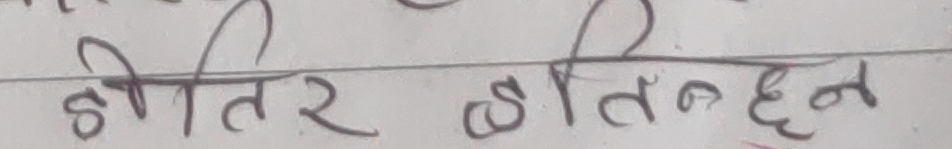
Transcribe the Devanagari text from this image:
होतिर होतिनछन